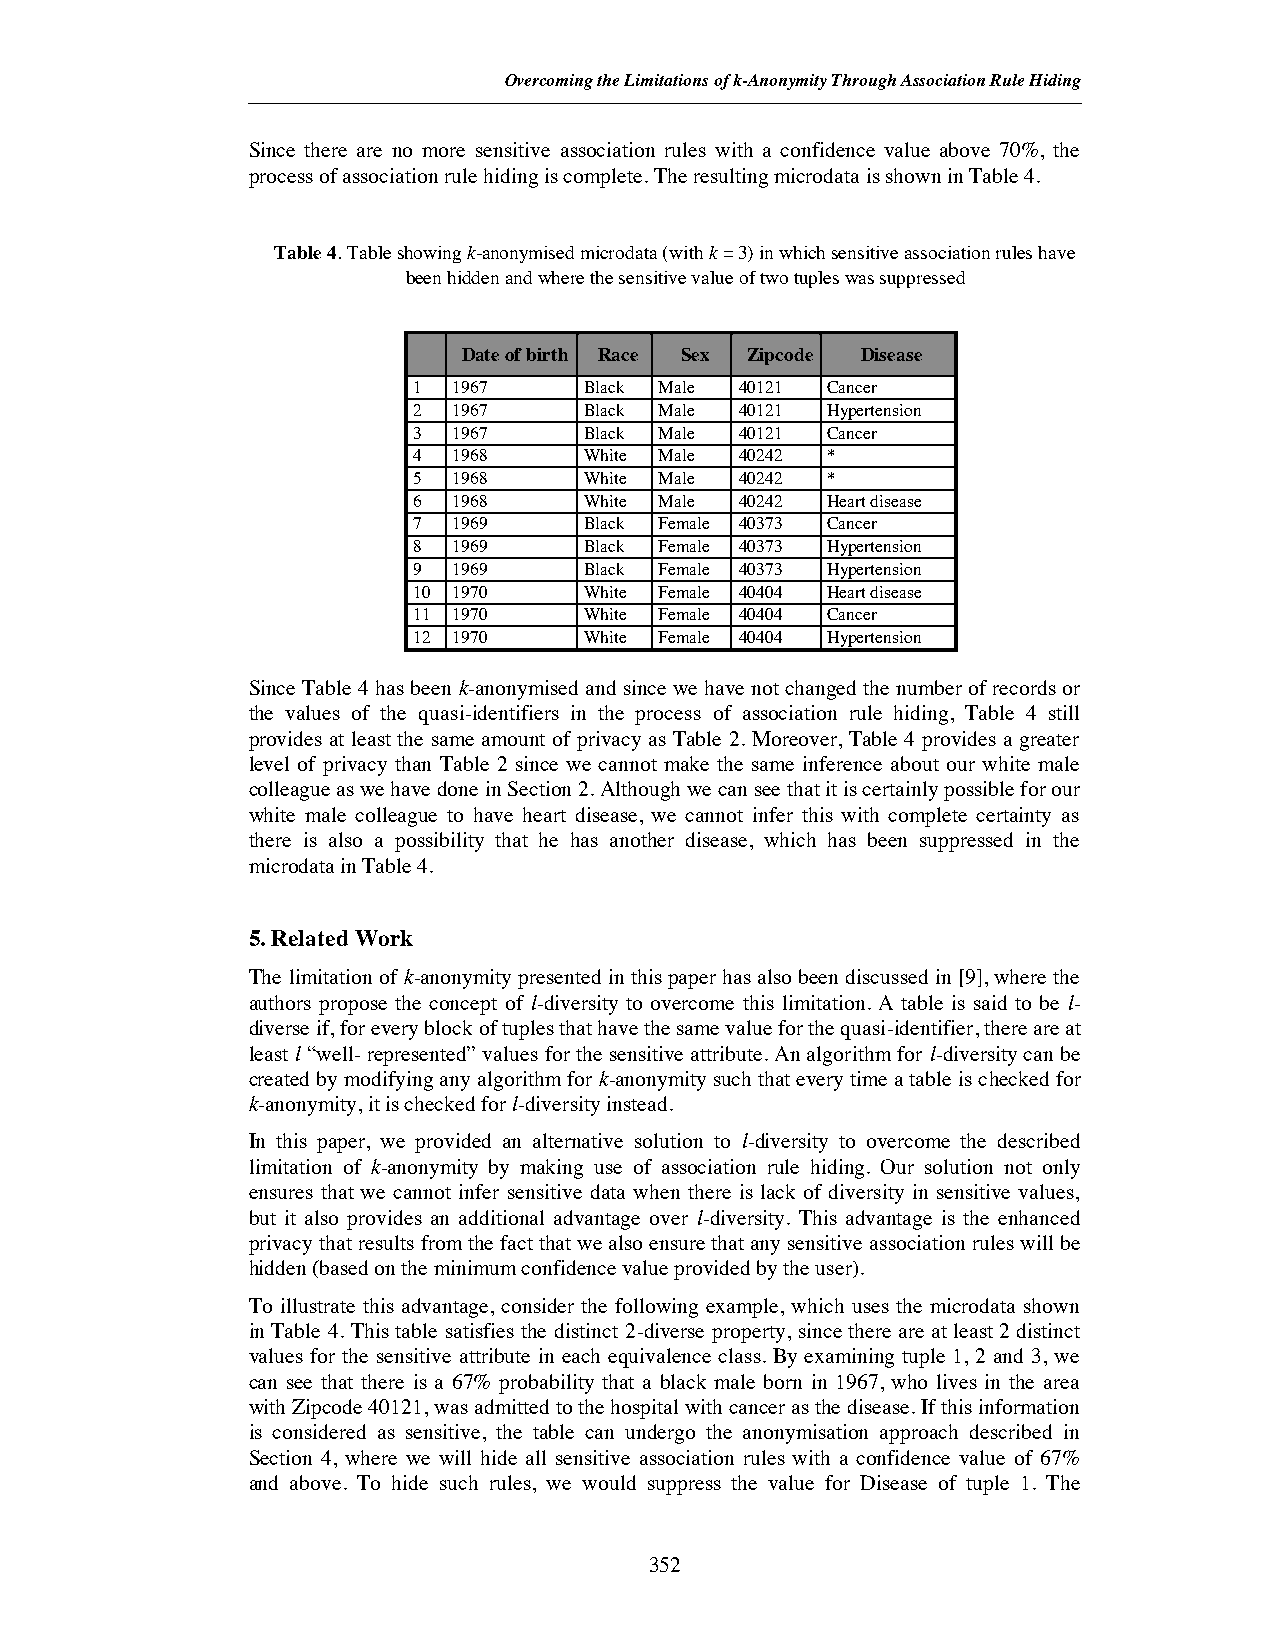
Overcoming the Limitations of k-Anonymity Through Association Rule Hiding
 Since there are no more sensitive association rules with a confidence value above 70%, the
 process of association rule hiding is complete. The resulting microdata is shown in Table 4.
 Table 4. Table showingk-anonymised microdata (withk= 3) in which sensitive association rules have
 been hidden and where the sensitive value of two tuples was suppressed
 Date of birth Race Sex Zipcode Disease
 1  1967     Black Male 40121 Cancer
 2  1967     Black Male 40121 Hypertension
 3  1967     Black Male 40121 Cancer
 4  1968     White Male 40242 *
 5  1968     White Male 40242 *
 6  1968     White Male 40242 Heart disease
 7  1969     Black Female 40373 Cancer
 8  1969     Black Female 40373 Hypertension
 9  1969     Black Female 40373 Hypertension
 10 1970     White Female 40404 Heart disease
 11 1970     White Female 40404 Cancer
 12 1970     White Female 40404 Hypertension
 Since Table 4 has been k-anonymised and since we have not changed the number of records or
 the values of the quasi-identifiers in the process of association rule hiding, Table 4 still
 provides at least the same amount of privacy as Table 2. Moreover, Table 4 provides a greater
 level of privacy than Table 2 since we cannot make the same inference about our white male
 colleague as we have done in Section 2. Although we can see that it is certainly possible for our
 white male colleague to have heart disease, we cannot infer this with complete certainty as
 there is also a possibility that he has another disease, which has been suppressed in the
 microdata in Table 4.
 5. Related Work
 The limitation of k-anonymity presented in this paper has also been discussed in [9], where the
 authors propose the concept of l-diversity to overcome this limitation. A table is said to be l-
 diverse if, for every block of tuples that have the same value for the quasi-identifier, there are at
 least l “well- represented” values for the sensitive attribute. An algorithm for l-diversity can be
 created by modifying any algorithm for k-anonymity such that every time a table is checked for
 k-anonymity, it is checked forl-diversity instead.
 In this paper, we provided an alternative solution to l-diversity to overcome the described
 limitation of k-anonymity by making use of association rule hiding. Our solution not only
 ensures that we cannot infer sensitive data when there is lack of diversity in sensitive values,
 but it also provides an additional advantage over l-diversity. This advantage is the enhanced
 privacy that results from the fact that we also ensure that any sensitive association rules will be
 hidden (based on the minimum confidence value provided by the user).
 To illustrate this advantage, consider the following example, which uses the microdata shown
 in Table 4. This table satisfies the distinct 2-diverse property, since there are at least 2 distinct
 values for the sensitive attribute in each equivalence class. By examining tuple 1, 2 and 3, we
 can see that there is a 67% probability that a black male born in 1967, who lives in the area
 with Zipcode 40121, was admitted to the hospital with cancer as the disease. If this information
 is considered as sensitive, the table can undergo the anonymisation approach described in
 Section 4, where we will hide all sensitive association rules with a confidence value of 67%
 and above. To hide such rules, we would suppress the value for Disease of tuple 1. The
 352